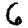
Digit: 6